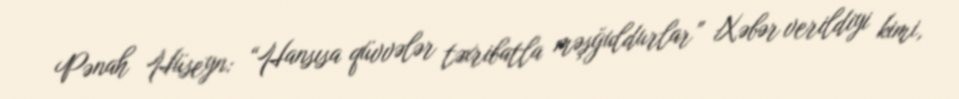
Pənah Hüseyn: “Hansısa qüvvələr təxribatla məşğuldurlar” Xəbər verildiyi kimi,